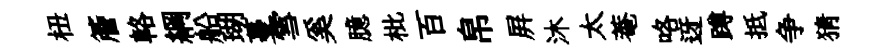
杻簷輅綱船瑚蔓雪奚臆枇百帛屛沐太菴咯迓蹲抵争猜